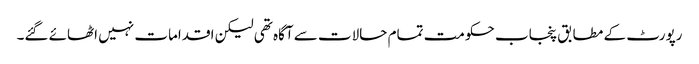
رپورٹ کے مطابق پنجاب حکومت تمام حالات سے آگاہ تھی لیکن اقدامات نہیں اٹھائے گئے۔